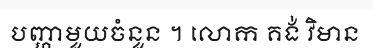
បញ្ហាមួយចំនួន ។ លោក គង់ វិមាន